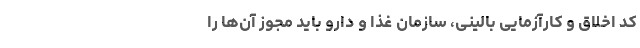
کد اخلاق و کارآزمایی بالینی، سازمان غذا و دارو باید مجوز آن‌ها را